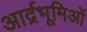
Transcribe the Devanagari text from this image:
आर्द्रभूमिओं